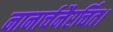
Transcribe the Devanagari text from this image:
नानार्चनैरर्चित।